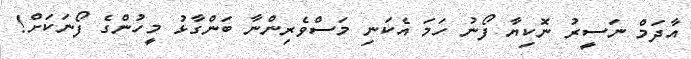
އާދަމް ނަސީރު ނޮކިޔާ ފޯނު ހަމަ އެކަނި މަސްވެރިންނާ ބަންގާޅު މީހުންގެ ފޯނަކަށް!